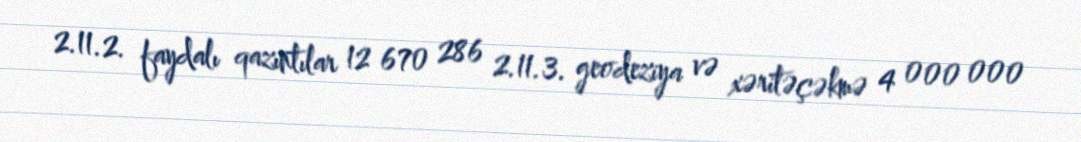
2.11.2. faydalı qazıntılar 12 670 286 2.11.3. geodeziya və xəritəçəkmə 4 000 000